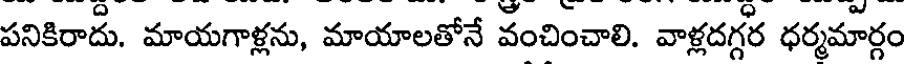
పనికిరాదు. మాయగాళ్లను, మాయాలతోనే వంచించాలి. వాళ్లదగ్గర ధర్మమార్గం